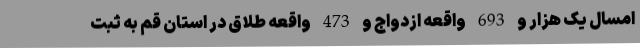
امسال یک هزار و 693 واقعه ازدواج و 473 واقعه طلاق در استان قم به ثبت